Vaccination in Burma 1889-1999 - 1889-1999
Year: 1889
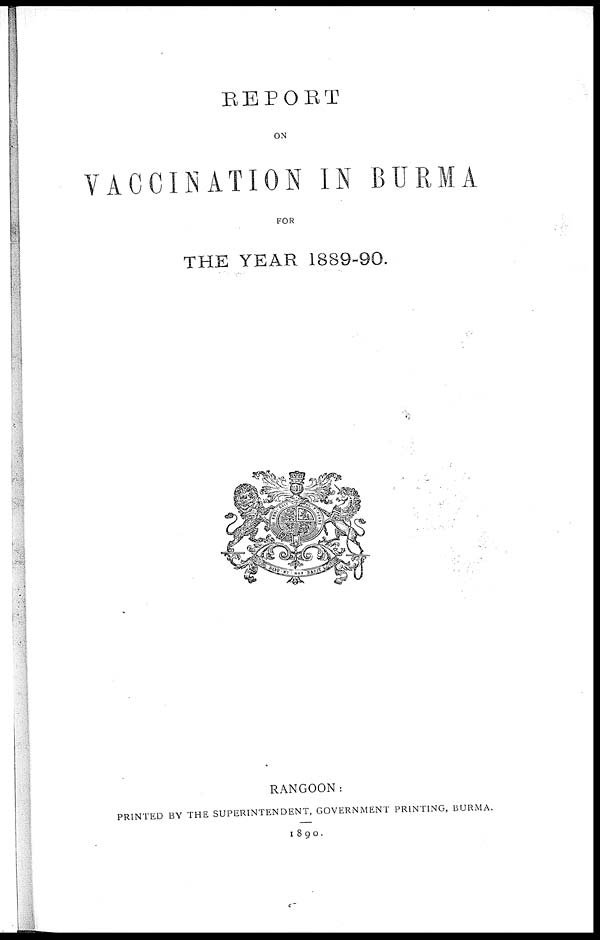
REPORT
ON
VACCINATION IN BURMA
FOR
THE YEAR 1889-90.
RANGOON:
PRINTED BY THE SUPERINTENDENT, GOVERNMENT PRINTING, BURMA.
1890.